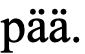
pää.